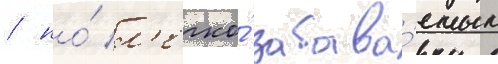
/ но́ л'егко́ забыва́емым